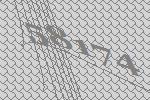
58174